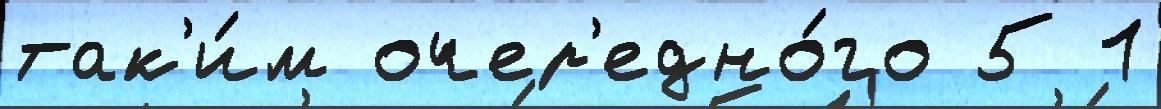
так'и́м очер'едно́го 5 1